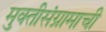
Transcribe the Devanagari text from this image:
मुक्तीसंग्रामाची